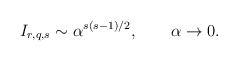
\begin{align*}I_{r,q,s}\sim \alpha^{s(s-1)/2},\qquad\alpha\to 0.\end{align*}